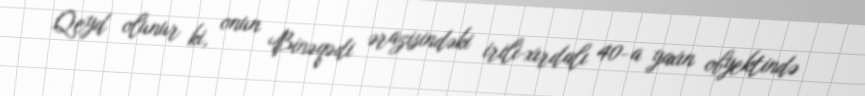
Qeyd olunur ki, onun Binəqədi ərazisindəki irili-xırdalı 40-a yaxın obyektində